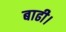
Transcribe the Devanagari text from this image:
बाढी।